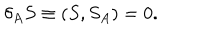
\delta _ { A } S \equiv ( S , S _ { A } ) = 0 .